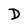
Character: D